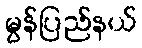
မွန်ပြည်နယ်